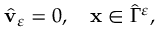
\begin{array} { r } { \hat { \mathbf v } _ { \varepsilon } = 0 , \quad \mathbf x \in { \hat { \Gamma } } ^ { \varepsilon } , } \end{array}